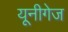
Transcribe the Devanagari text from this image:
यूनीगेज